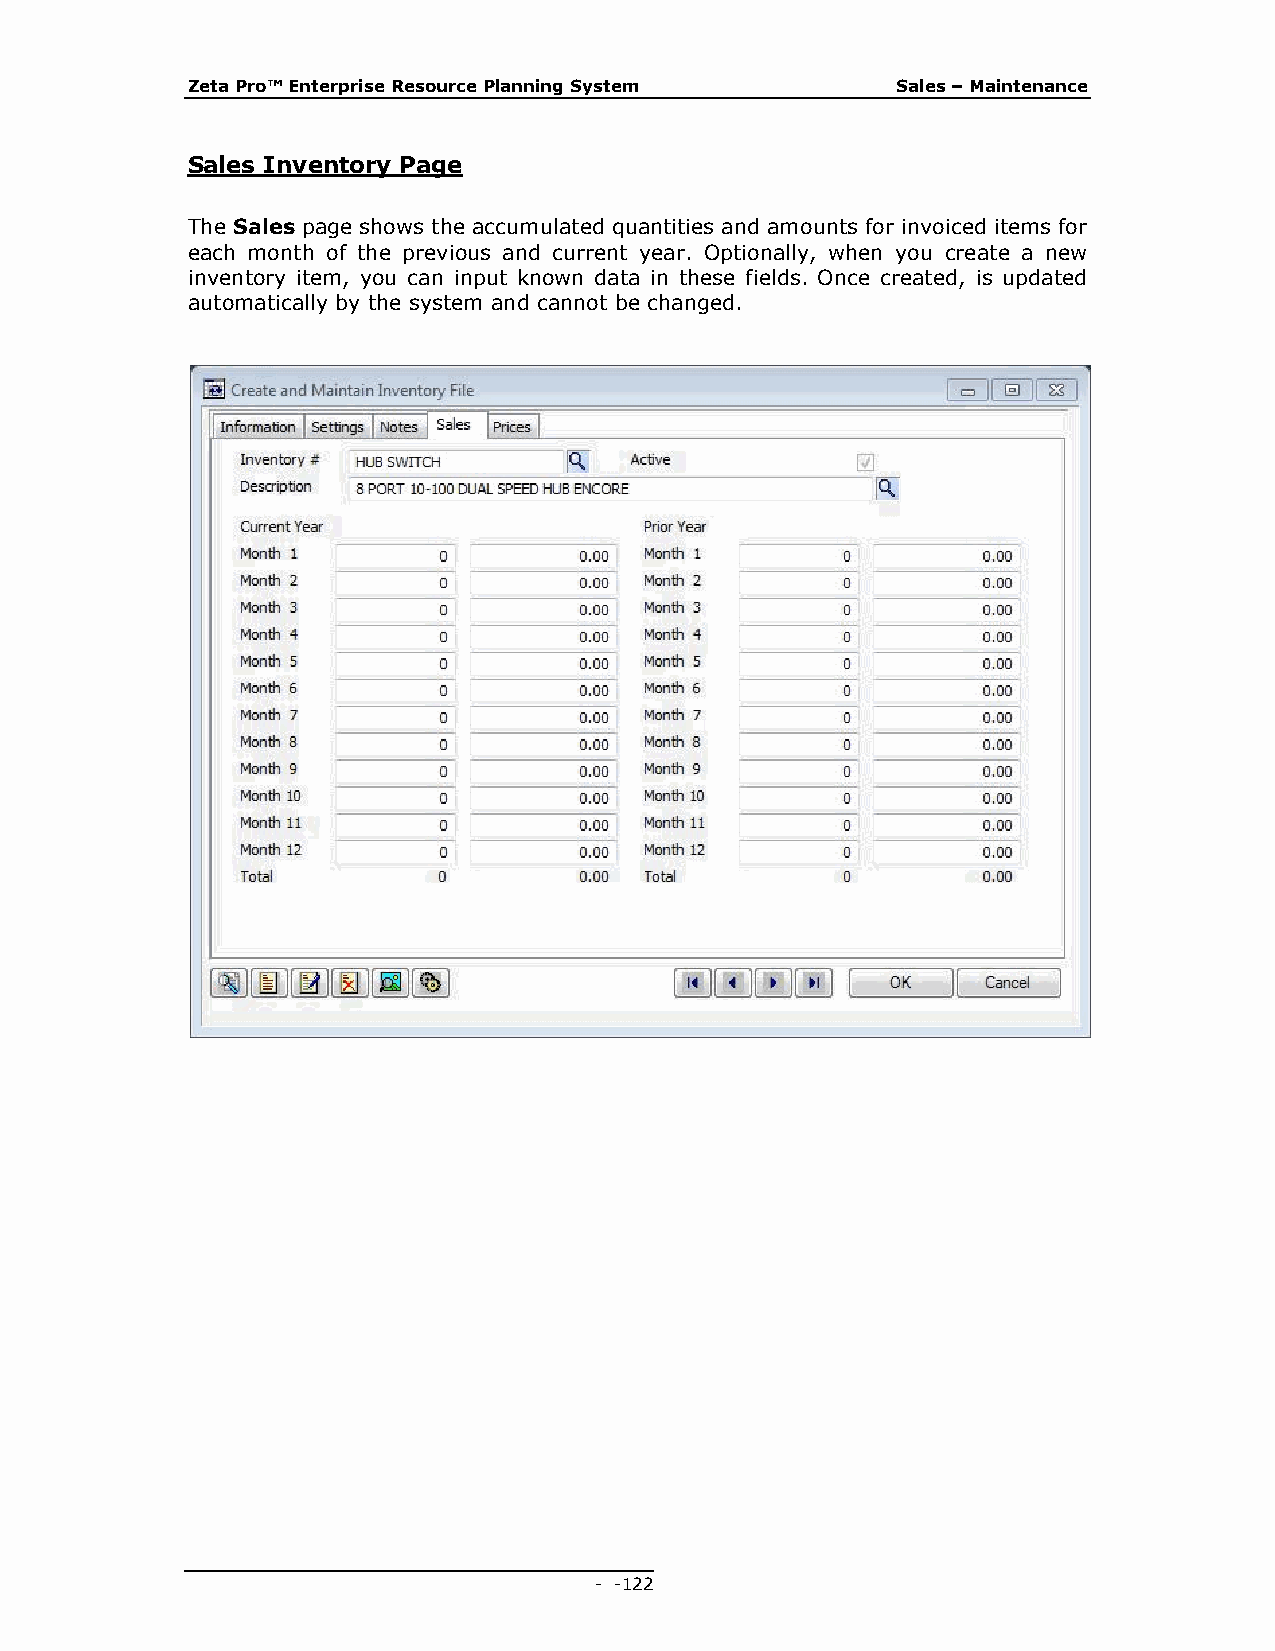
Zeta Pro™ Enterprise Resource Planning System  Sales – Maintenance
 Sales Inventory Page
 The Sales page shows the accumulated quantities and amounts for invoiced items for
 each month of the previous and current year. Optionally, when you create a new
 inventory item, you can input known data in these fields. Once created, is updated
 automatically by the system and cannot be changed.
 - - 122